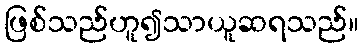
ဖြစ်သည်ဟူ၍သာယူဆရသည်။